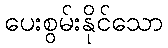
ပေးစွမ်းနိုင်သော